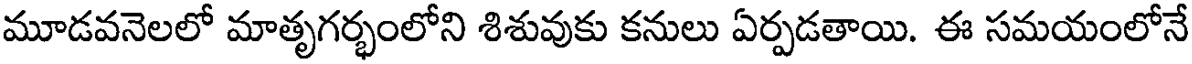
మూడవనెలలో మాతృగర్భంలోని శిశువుకు కనులు ఏర్పడతాయి. ఈ సమయంలోనే